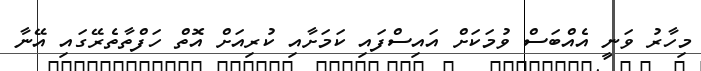
މިހާރު ވަނީ އެއްބަސް ވުމަކަށް އައިސްފައި ކަމަށާއި ކުރިއަށް އޮތް ހަފްތާތެރޭގައި އޭނާ